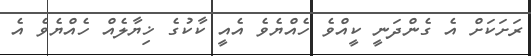
ރަށަކަށް އެ ގެންދަނީ ކީއްވެ ހެއްޔެވެ އެއީ ކާކުގެ ޚިޔާލެއް ހެއްޔެވެ އެ